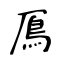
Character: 鳫